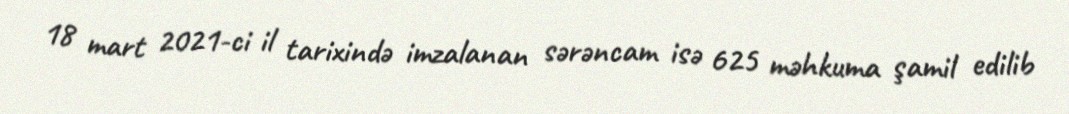
18 mart 2021-ci il tarixində imzalanan sərəncam isə 625 məhkuma şamil edilib